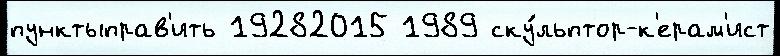
пунктыправ'ить 19282015 1989 ску́льптор-к'ерам'ист